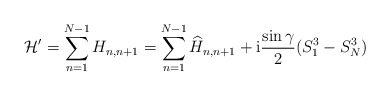
\begin{align*} {\cal H}^\prime = \sum_{n=1}^{N-1} H_{n,n+1} = \sum_{n=1}^{N-1} \widehat{H}_{n,n+1} + {\rm i} \frac{\sin\gamma}{2} (S^3_1 - S^3_{N})\end{align*}